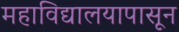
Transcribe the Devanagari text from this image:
महाविद्यालयापासून